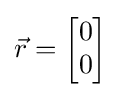
{\vec {r}}={\begin{bmatrix}0\\0\end{bmatrix}}